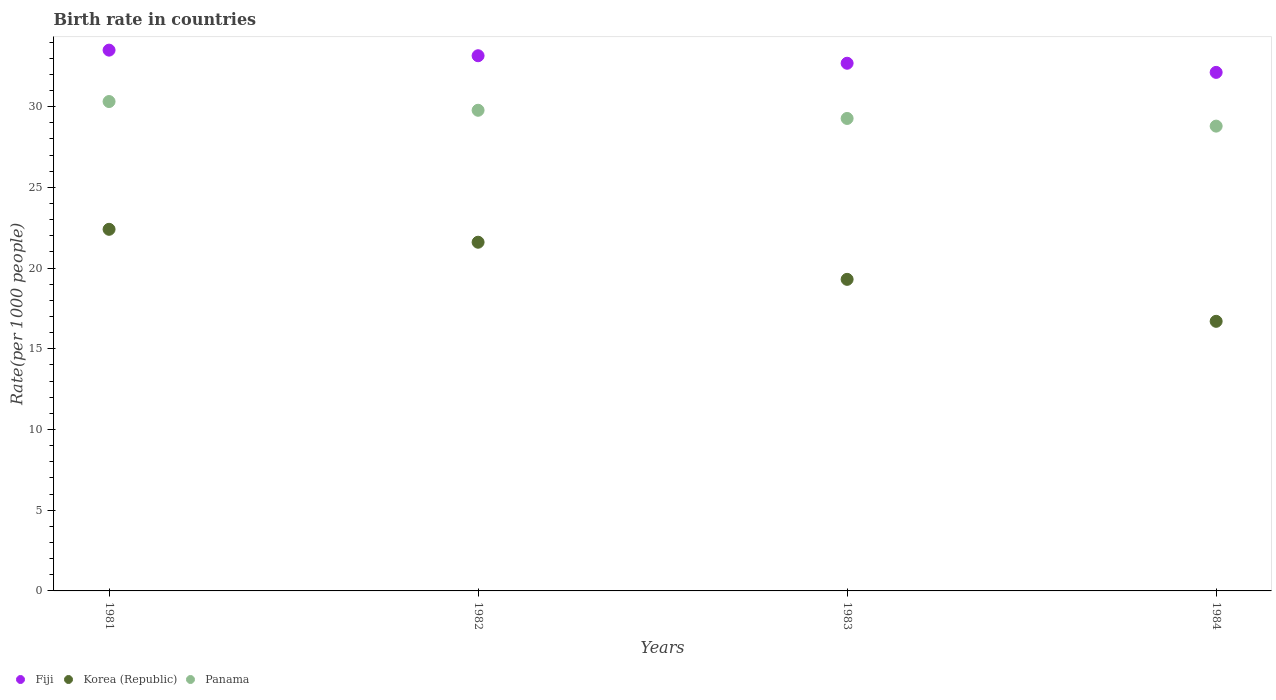
| Years | Fiji | Korea (Republic) | Panama |
 | --- | --- | --- | --- |
 | 1981 | 33.5 | 22.4 | 30.3 |
 | 1982 | 33.2 | 21.6 | 29.8 |
 | 1983 | 32.7 | 19.3 | 29.3 |
 | 1984 | 32.1 | 16.7 | 28.8 |